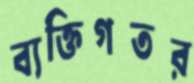
ব্যক্তিগতর